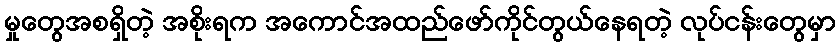
မှုတွေအစရှိတဲ့ အစိုးရက အကောင်အထည်ဖော်ကိုင်တွယ်နေရတဲ့ လုပ်ငန်းတွေမှာ